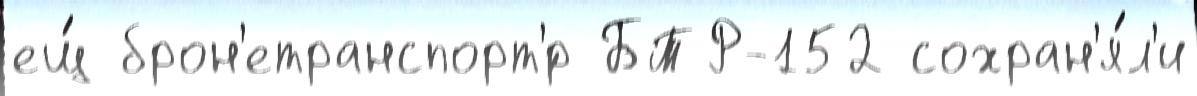
ещ́ брон'етранспорт'́р БТР-152 сохран'я́л'и